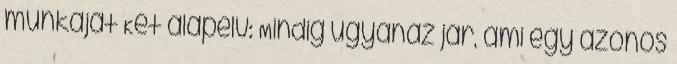
munkáját Két alapelv: Mindig ugyanaz jár, ami egy azonos